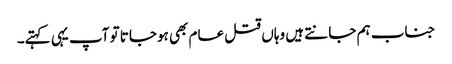
جناب ہم جانتے ہیں وہاں قتل عام بھی ہوجاتا تو آپ یہی کہتے۔